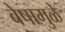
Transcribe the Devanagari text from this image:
वेषामुळे